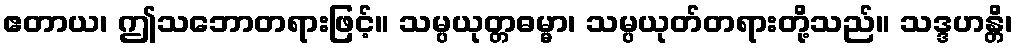
ဧတာယ၊ ဤသဘောတရားဖြင့်။ သမ္ပယုတ္တဓမ္မာ၊ သမ္ပယုတ်တရားတို့သည်။ သဒ္ဒဟန္တိ၊